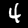
Label: 4